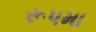
રૂપમા